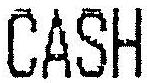
CASH